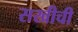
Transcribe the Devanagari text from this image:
सखीची